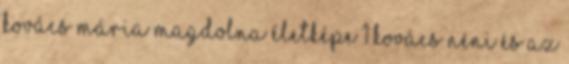
Kovács Mária Magdolna Életképe 1 Kovács néni és az